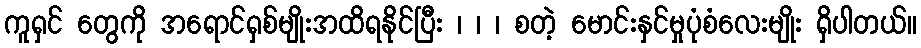
ကူရှင် တွေကို အရောင်ရှစ်မျိုးအထိရနိုင်ပြီး ၊ ၊ ၊ စတဲ့ မောင်းနှင်မှုပုံစံလေးမျိုး ရှိပါတယ်။